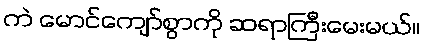
ကဲ မောင်ကျော်စွာကို ဆရာကြီးမေးမယ်။